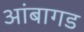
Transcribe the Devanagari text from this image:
आंबागड